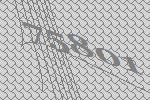
75801